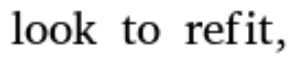
look to refit,